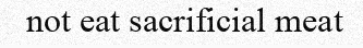
not eat sacrificial meat